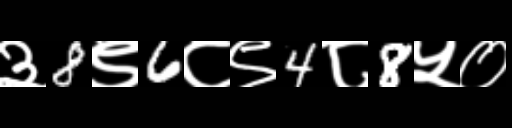
Text: ३8९6८९4८8५०